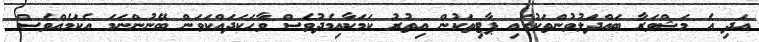
އަދި އެ މަޝްވަރާ ބައްދަލުވުންތަކުގައި ޕާޓިތަކުން އިތުރު ކަމަކާއިމެދުވެސް ވާހަކަދައްކަވަން ބޭނުންނަމަ އެކަމެއްވެސް